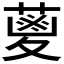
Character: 𮐭